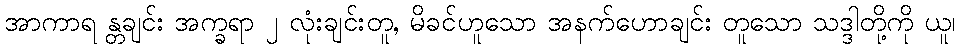
အာကာရ န္တချင်း အက္ခရာ ၂ လုံးချင်းတူ, မိခင်ဟူသော အနက်ဟောချင်း တူသော သဒ္ဒါတို့ကို ယူ၊